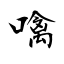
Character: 噙